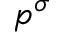
p ^ { \sigma }